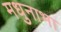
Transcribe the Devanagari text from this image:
मधुनाभा